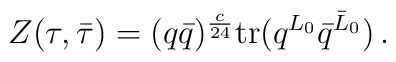
Z(\tau,\bar{\tau}) = (q\bar q)^{\frac{c}{24}}  {\rm tr}(q^{L_0}\bar q^{\bar L_0})\,.